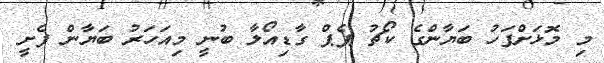
މި މޮޅަށްފަހު ބަޔާންގެ ކޯޗު ޕެޕް ގާޑިއޯލާ ބުނީ މިއަހަރު ބަޔާން ފެށީ